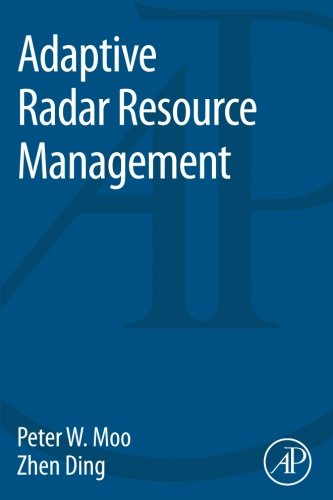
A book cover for Adaptive Radar Resource Management; Peter Moo; Science & Math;